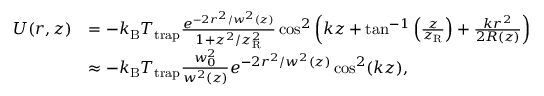
\begin{array} { r l } { U ( r , z ) } & { = - k _ { \mathrm { B } } T _ { \mathrm { t r a p } } \frac { e ^ { - 2 r ^ { 2 } / w ^ { 2 } ( z ) } } { 1 + z ^ { 2 } / z _ { \mathrm { R } } ^ { 2 } } \cos ^ { 2 } \left( k z + \tan ^ { - 1 } \left( \frac { z } { z _ { \mathrm { R } } } \right) + \frac { k r ^ { 2 } } { 2 R ( z ) } \right) } \\ & { \approx - k _ { \mathrm { B } } T _ { \mathrm { t r a p } } \frac { w _ { 0 } ^ { 2 } } { w ^ { 2 } ( z ) } e ^ { - 2 r ^ { 2 } / w ^ { 2 } ( z ) } \cos ^ { 2 } ( k z ) , } \end{array}